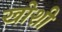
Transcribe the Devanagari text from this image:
खोशी